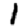
Digit: 1